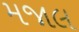
મજાલ